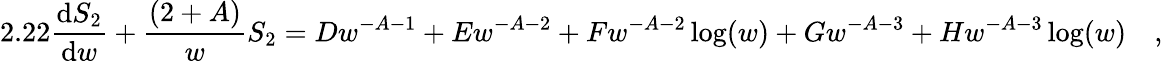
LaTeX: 2.22\frac{\mathrm{d}S_{2}}{\mathrm{d}w}+\frac{(2+A)}{w}S_{2}=Dw^{-A-1}+Ew^{-A-2}+Fw^{-A-2}\log(w)+Gw^{-A-3}+Hw^{-A-3}\log(w)\quad,